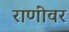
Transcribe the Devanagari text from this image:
राणींवर